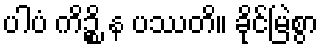
ပါပံ ကိဉ္စိ န ပဿတိ။ ခိုင်မြဲစွာ